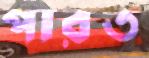
পারত